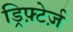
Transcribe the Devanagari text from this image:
ड्रिफ़्टेर्ज़